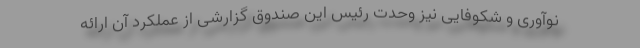
نوآوری و شکوفایی نیز وحدت رئیس این صندوق گزارشی از عملکرد آن ارائه